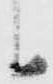
候